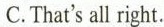
C.That's all right.